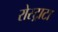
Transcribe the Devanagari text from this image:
रोस्ट्राटा